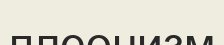
плеонизм